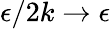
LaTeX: \epsilon/2k\to\epsilon